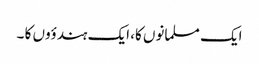
ایک مسلمانوں کا، ایک ہندؤوں کا ۔